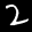
Label: 2